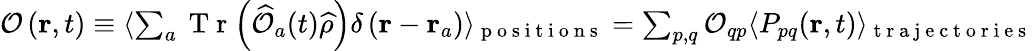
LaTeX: \begin{array}{r}{\mathcal{O}\left(\textbf{r},t\right)\equiv\langle\sum_{a}\mathrm{~T~r~}\! \left(\widehat{\mathcal{O}}_{a}(t)\widehat{\rho}\right)\delta\left(\textbf{r}-\textbf{r}_{a}\right)\rangle_{\mathrm{~p~o~s~i~t~i~o~n~s~}}=\sum_{p,q}\mathcal{O}_{qp}\langle P_{pq}\! \left(\textbf{r},t\right)\rangle_{\mathrm{~t~r~a~j~e~c~t~o~r~i~e~s~}}}\end{array}